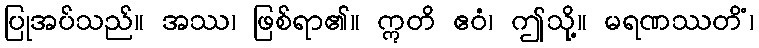
ပြုအပ်သည်။ အဿ၊ ဖြစ်ရာ၏။ ဣတိ ဧဝံ၊ ဤသို့။ မရဏဿတိံ၊